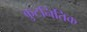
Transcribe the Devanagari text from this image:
कुटनितिक